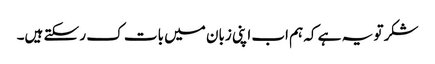
شکر تو یہ ہے کہ ہم اب اپنی زبان میں بات ک ر سکتے ہیں۔